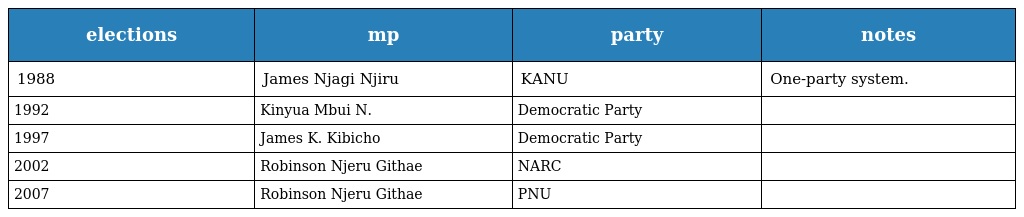
| elections | mp | party | notes |
 | --- | --- | --- | --- |
 | 1988 | James Njagi Njiru | KANU | One-party system. |
 | 1992 | Kinyua Mbui N. | Democratic Party |  |
 | 1997 | James K. Kibicho | Democratic Party |  |
 | 2002 | Robinson Njeru Githae | NARC |  |
 | 2007 | Robinson Njeru Githae | PNU |  |